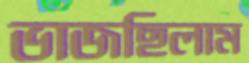
ভাজছিলাম